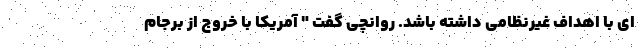
ای با اهداف غیرنظامی داشته باشد. روانچی گفت " آمريكا با خروج از برجام